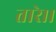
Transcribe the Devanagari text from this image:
तारे।।